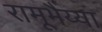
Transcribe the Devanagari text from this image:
रामूभैय्या